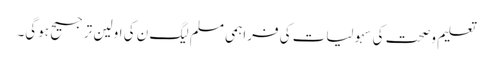
تعلیم وصحت کی سہولیات کی فراہمی مسلم لیگ ن کی اولین ترجیح ہوگی۔